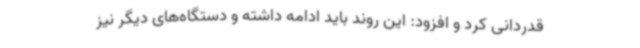
قدردانی کرد و افزود: این روند باید ادامه داشته و دستگاه‌های دیگر نیز